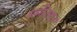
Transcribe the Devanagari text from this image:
समीजदत